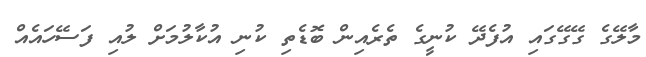
މާލޭގެ ގޭގޭގައި އުފެދޭ ކުނީގެ ތެރެއިން ބޮޑެތި ކުނި އުކާލުމަށް ލުއި ފަސޭހައެއް